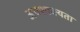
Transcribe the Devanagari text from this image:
अवशाक्यता